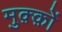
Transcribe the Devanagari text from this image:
मुक़्क़ों